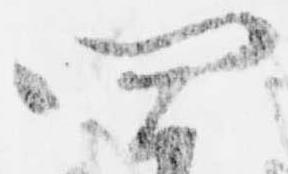
四